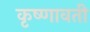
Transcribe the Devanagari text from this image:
कृष्णावती